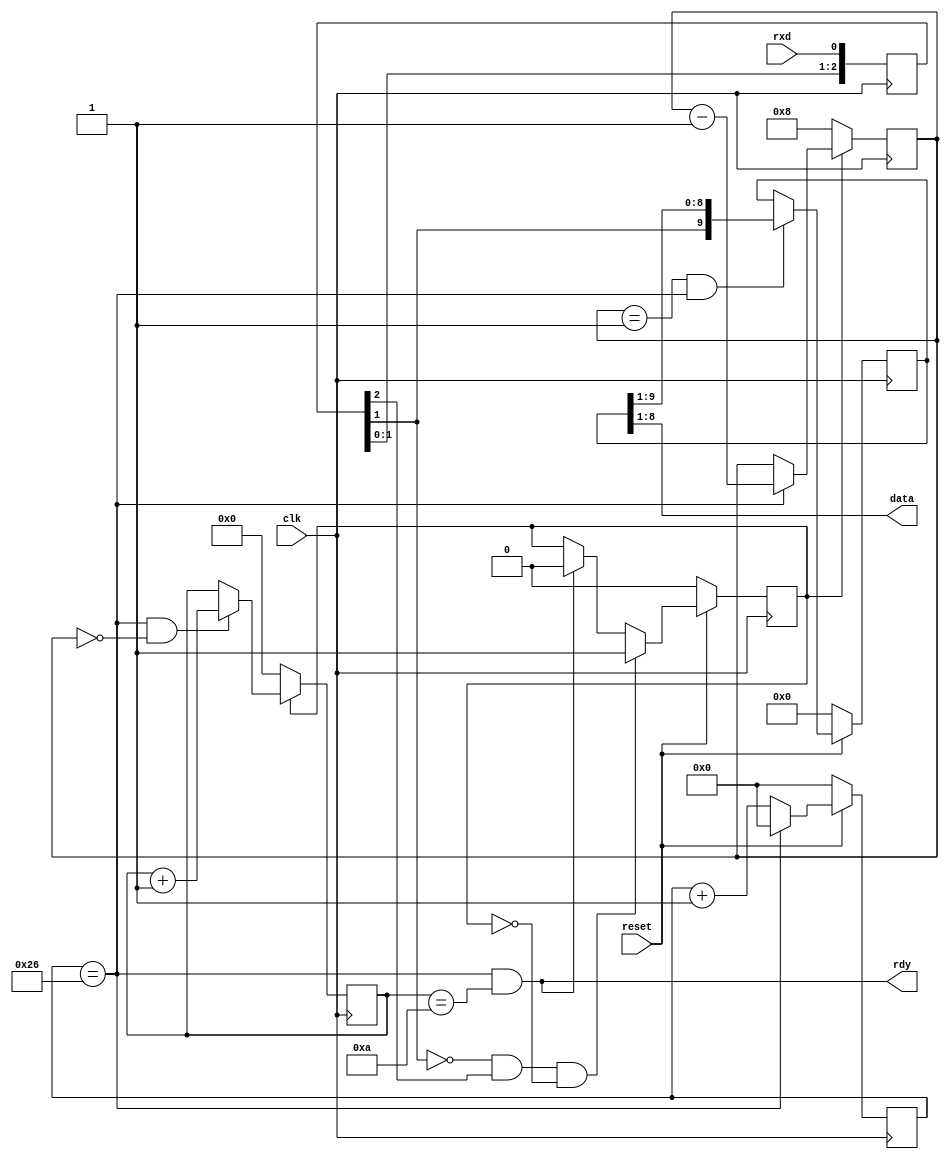
// Simple 8N1 serial receiver
// Each serial bit is sampled 16 times

module uart_rx #(
	parameter F_OSC = 12_000_000,
	parameter BAUD_RATE = 19200
)(
	input wire clk,
	input wire reset,

	// Control
	output wire [7:0] data,
	output wire rdy, 

	// Serial line
	input wire rxd	
);

	localparam RX_COUNT = F_OSC / (BAUD_RATE * 16);

	reg [$clog2(RX_COUNT)-1:0] clk_cnt;

	reg [3:0] bit_cnt;
	reg [3:0] tick_cnt;
	reg [9:0] shift_reg;
	reg [2:0] sync_reg;
	reg busy;

	wire rx_tick;
	wire sample;
	wire start;
	wire fall_edge;

	wire done = (rx_tick & (bit_cnt == 4'd10));


	// Synchronize rxd to system clock
	// and detect falling edge / start bit
	always @(posedge clk)
		sync_reg <= { sync_reg[1:0], rxd };

	assign fall_edge = ~sync_reg[1] & sync_reg[2];
	assign start = fall_edge & !busy;


	// Control signals
	always @(posedge clk) begin
		if (!reset)
			busy <= 1'b0;
		else if (start)
			busy <= 1'b1;
		else if (done)
			busy <= 1'b0;
	end


	// Shift register
	always @(posedge clk) begin
		if (!reset) begin
			shift_reg <= 10'b0;
		end
		else if ((tick_cnt == 1) && rx_tick) begin
			shift_reg <= { sync_reg[1], shift_reg[9:1] };
		end
	end


	// Baud rate generator
	// Generate sampling ticks at frequency 16x baud rate	
	always @(posedge clk) begin
		if (!reset)
			clk_cnt <= 0;
		else begin
			clk_cnt <= clk_cnt + 1'b1;

			if (clk_cnt == (RX_COUNT -1))
				clk_cnt <= 0;
		end
	end

	assign rx_tick = (clk_cnt == (RX_COUNT -1));
	assign sample = (rx_tick & (tick_cnt == 0));


	// Sampling tick counter	
	always @(posedge clk) begin
		if (!busy)
			tick_cnt <= 4'd8;
		else if (rx_tick)
			tick_cnt <= tick_cnt - 1'b1;
	end

	// Bit counter
	always @(posedge clk) begin
		if (!busy) 
			bit_cnt <= 0;
		else if (sample)
			bit_cnt <= bit_cnt + 1'b1;
	end


	assign data = shift_reg[8:1];
	assign rdy = done;

endmodule